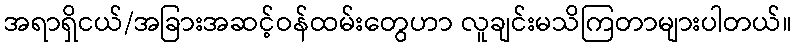
အရာရှိငယ်/အခြားအဆင့်ဝန်ထမ်းတွေဟာ လူချင်းမသိကြတာများပါတယ်။